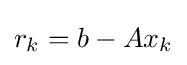
r_{k}=b-Ax_{k}